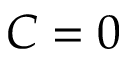
C = 0